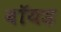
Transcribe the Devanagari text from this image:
वॉयड